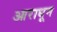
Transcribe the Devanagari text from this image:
आराधून